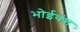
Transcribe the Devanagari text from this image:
भोईवंश